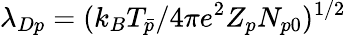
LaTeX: \lambda_{Dp}=(k_{B}T_{\bar{p}}/4\pi e^{2}Z_{p}N_{p0})^{1/2}